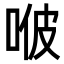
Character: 𠳩